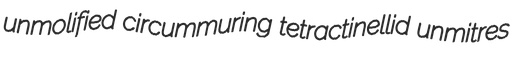
unmolified circummuring tetractinellid unmitres